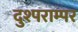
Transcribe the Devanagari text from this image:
दुश्पराम्पर